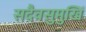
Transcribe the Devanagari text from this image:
सदैवसुमुखिं